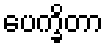
ပေက္ခိတာ